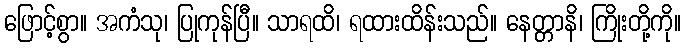
ဖြောင့်စွာ။ အကံသု၊ ပြုကုန်ပြီ။ သာရထိ၊ ရထားထိန်းသည်။ နေတ္တာနိ၊ ကြိုးတို့ကို။